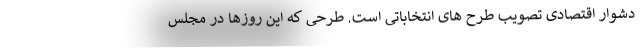
دشوار اقتصادی تصویب طرح های انتخاباتی است. طرحی که این روزها در مجلس